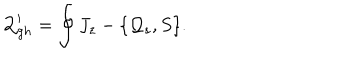
LaTeX: { \cal Q } _ { g h } ^ { \prime } = \oint J _ { z } - \{ { \cal Q } _ { s } , S \} .